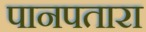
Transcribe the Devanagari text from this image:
पानपतारा